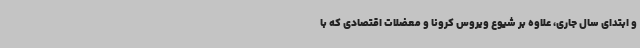
و ابتدای سال جاری، علاوه بر شیوع ویروس کرونا و معضلات اقتصادی که با